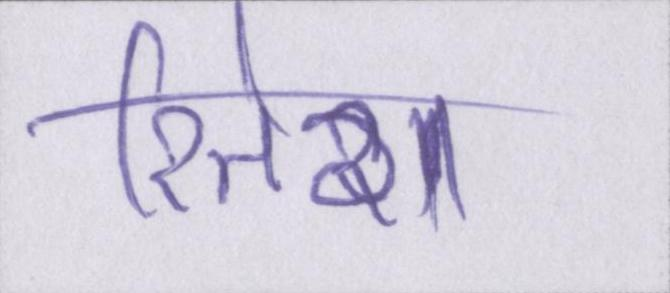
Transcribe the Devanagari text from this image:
रितेश